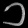
Digit: ၁